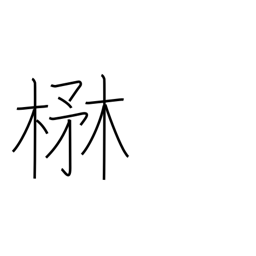
Meaning: lush